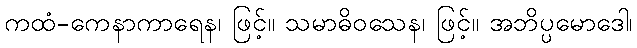
ကထံ-ကေနာကာရေန၊ ဖြင့်။ သမာဓိဝသေန၊ ဖြင့်။ အဘိပ္ပမောဒေါ၊